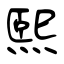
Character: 煕